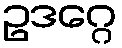
ဥဒဂ္ဂေ